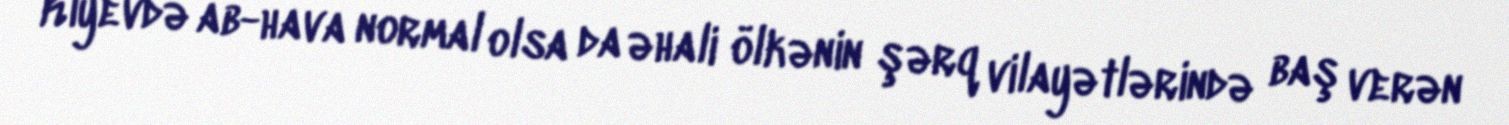
Kiyevdə ab-hava normal olsa da əhali ölkənin şərq vilayətlərində baş verən